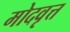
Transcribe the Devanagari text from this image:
मोदवृत्त